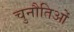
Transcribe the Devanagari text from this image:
चुनौतिओं